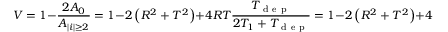
V = 1 - \frac { 2 A _ { 0 } } { A _ { | i | \geq 2 } } = 1 - 2 \left( R ^ { 2 } + T ^ { 2 } \right) + 4 R T \frac { T _ { \mathrm { ~ d ~ e ~ p ~ } } } { 2 T _ { 1 } + T _ { \mathrm { ~ d ~ e ~ p ~ } } } = 1 - 2 \left( R ^ { 2 } + T ^ { 2 } \right) + 4 R T \frac { T _ { 2 } } { 2 T _ { 1 } } .